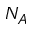
N _ { A }